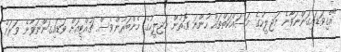
"އެގިވަޑައިގަންނަވާނެ މަޖިލީހުގެ މަސައްކަތްތައް ހުންނަ ގޮތުން މަޖިލީހުގެ މެންބަރުންވެސް ޗުއްޓީއަށް ވަޑައިގަންނަވާނެ ވަރަށް